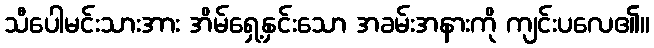
သီပေါမင်းသားအား အိမ်ရှေ့နှင်းသော အခမ်းအနားကို ကျင်းပလေ၏။